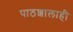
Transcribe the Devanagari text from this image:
पाठशालाही